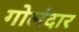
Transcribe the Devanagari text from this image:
गोलंदार